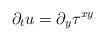
LaTeX: \begin{align*}\partial_t u = \partial_y \tau^{xy} \end{align*}